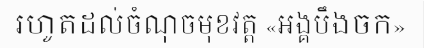
រហូតដល់ចំណុចមុខវត្ត «អង្គបឹងចក»